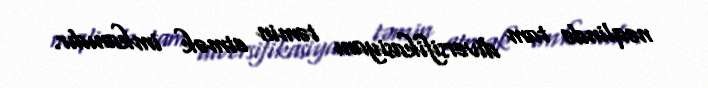
nəqlində tam diversifikasiyanı təmin etmək imkanıdır.